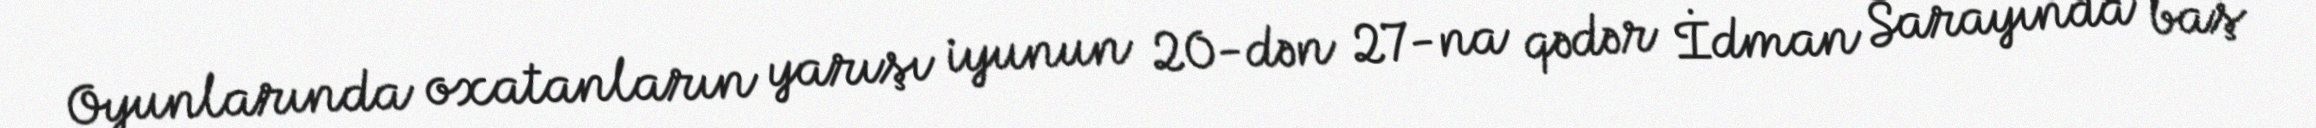
Oyunlarında oxatanların yarışı iyunun 20-dən 27-na qədər İdman Sarayında baş